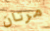
مرتان